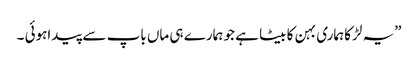
”یہ لڑکا ہماری بہن کا بیٹا ہے جو ہمارے ہی ماں باپ سے پیداہوئی ۔